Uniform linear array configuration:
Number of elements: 4
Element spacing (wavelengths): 0.5
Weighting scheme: binomial
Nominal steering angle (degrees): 15
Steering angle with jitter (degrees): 16.116
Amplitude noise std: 0.05
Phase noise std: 0.05

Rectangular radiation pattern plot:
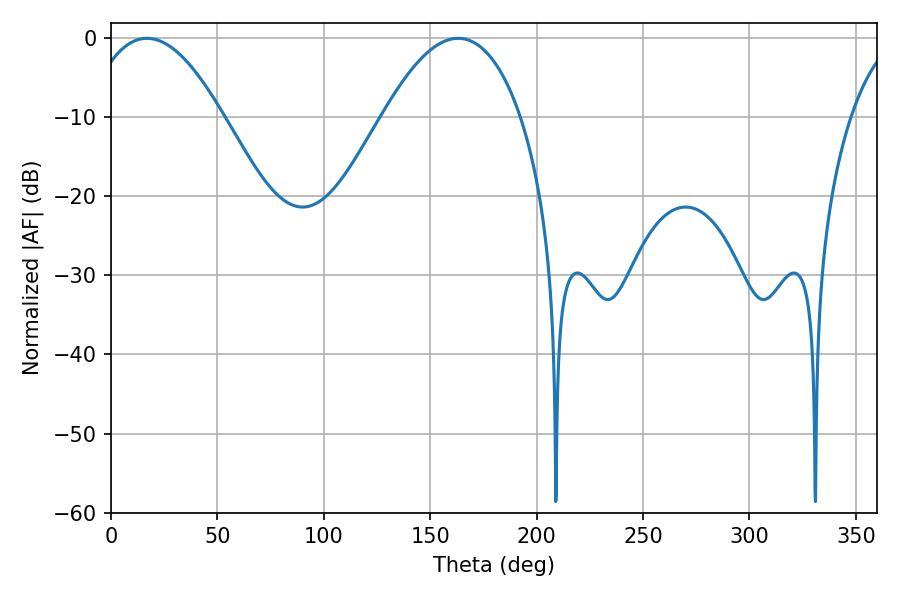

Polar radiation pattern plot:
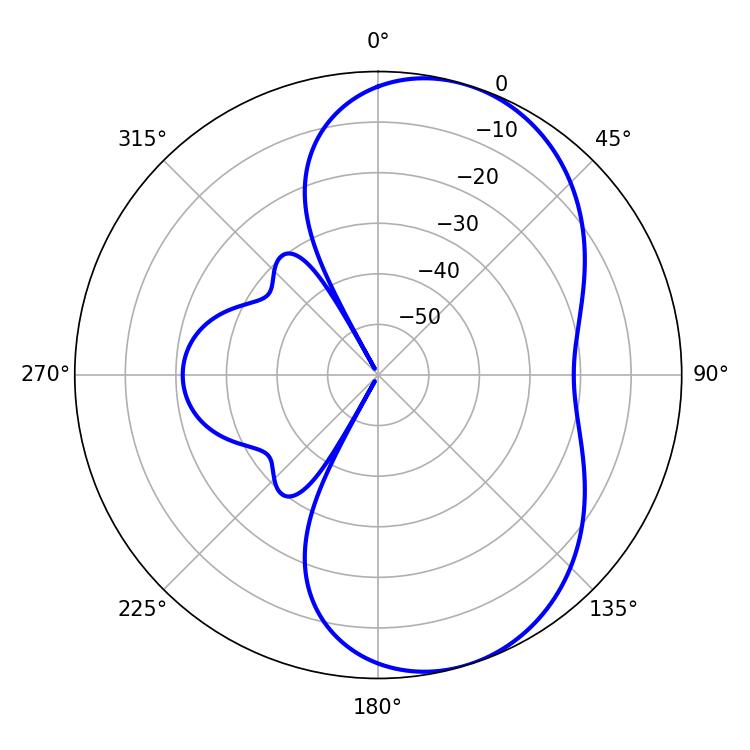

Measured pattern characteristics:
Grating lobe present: FALSE
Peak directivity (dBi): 6.696
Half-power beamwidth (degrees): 35.82
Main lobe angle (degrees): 16.92